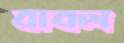
বাবল